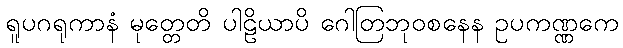
ရူပဂရုကာနံ မုတ္တေတိ ပါဠိယာပိ ဂေါတြဘုဝစနေန ဥပကဏ္ဏကေ